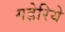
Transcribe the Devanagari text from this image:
गडेरिये